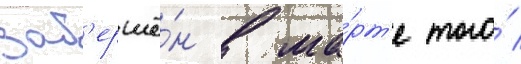
зав'ершё́н в ма́рт'е того́